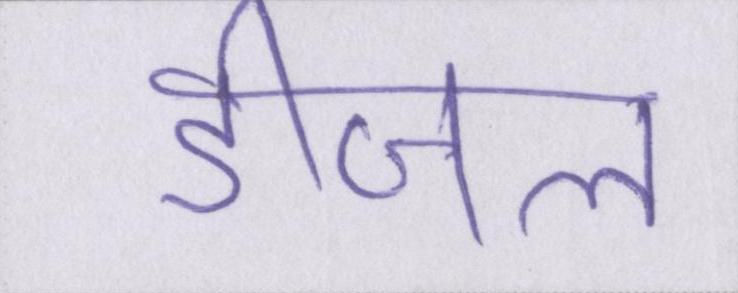
डीजल